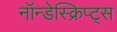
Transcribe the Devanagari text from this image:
नॉन्डेस्क्रिप्ट्स